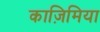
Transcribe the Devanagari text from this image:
काज़िमिया